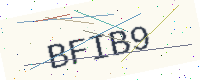
Text: BFIB9